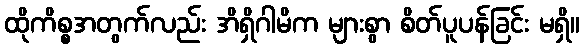
ထိုကိစ္စအတွက်လည်း အိရှိဂါမိက များစွာ စိတ်ပူပန်ခြင်း မရှိ။